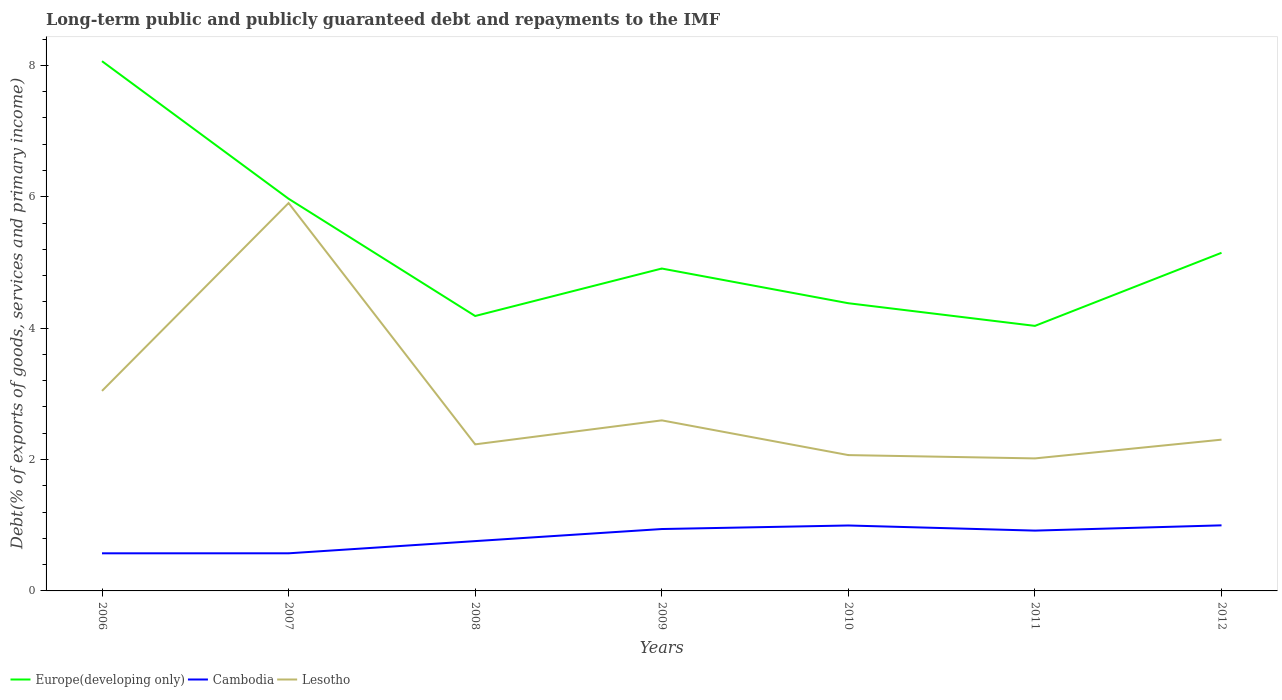
| Years | Europe(developing only) | Cambodia | Lesotho |
 | --- | --- | --- | --- |
 | 2006 | 8.06 | 0.573 | 3.04 |
 | 2007 | 5.97 | 0.573 | 5.9 |
 | 2008 | 4.18 | 0.758 | 2.23 |
 | 2009 | 4.91 | 0.942 | 2.6 |
 | 2010 | 4.38 | 0.996 | 2.07 |
 | 2011 | 4.03 | 0.918 | 2.02 |
 | 2012 | 5.15 | 0.998 | 2.3 |